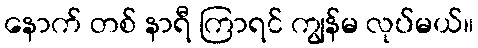
နောက် တစ် နာရီ ကြာရင် ကျွန်မ လုပ်မယ်။